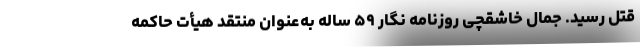
قتل رسید. جمال خاشقچی روزنامه نگار ۵۹ ساله به‌عنوان منتقد هیأت حاکمه